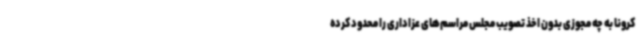
کرونا به چه مجوزی بدون اخذ تصویب مجلس مراسم‌های عزاداری را محدود کرده